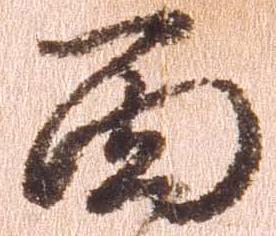
面